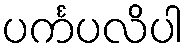
ပင်္ကပလိပါ